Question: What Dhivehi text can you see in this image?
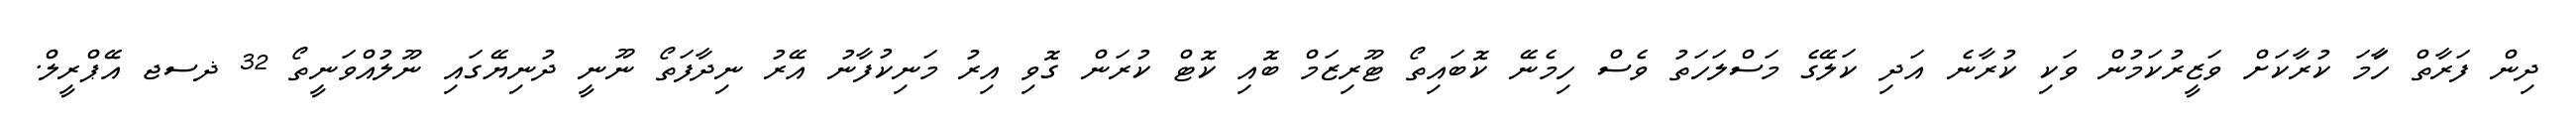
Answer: ދިން ފަރާތް ހަާމަ ކުރާކަށް ވަޒީރުކަމުން ވަކި ކުރާނެ އަދި ކަލޭގެ މަސްލަހަތު ވެސް ހިމެނޭ ކޮބައިތޯ ޓޫރިޒަމް ބޮއި ކޮޓް ކުރަން ގޮވި އިރު މަނިކުފާނު އޭރު ނިދާފަތޯ ނޫނީ ދުނިޔޭގައި ނޫލުއްވަނީތޯ 32 ޛސޖ އޭޕްރީލް.